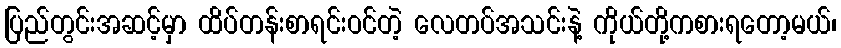
ပြည်တွင်းအဆင့်မှာ ထိပ်တန်းစာရင်းဝင်တဲ့ လေတပ်အသင်းနဲ့ ကိုယ်တို့ကစားရတော့မယ်၊